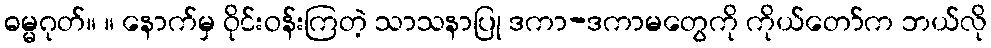
ဓမ္မဂုတ်။ ။ နောက်မှ ဝိုင်းဝန်းကြတဲ့ သာသနာပြု ဒကာ-ဒကာမတွေကို ကိုယ်တော်က ဘယ်လို